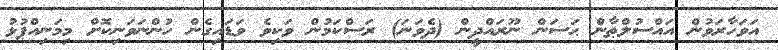
އަވަހާރަވުން އައްސުލްޠާން ޙަސަން ނޫރައްދީން (ދެވަނަ) ރަސްކަމުން ވަކިވެ ވަޑައިގެން ހުންނަވަނިކޮށް މިމަނިއްޕުޅު